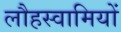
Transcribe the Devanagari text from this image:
लौहस्वामियों